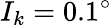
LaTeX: I_{k}=0.1^{\circ}